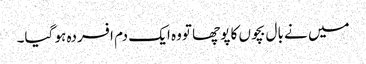
میں نے بال بچوں کا پوچھا تووہ ایک دم افسردہ ہو گیا۔